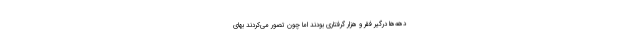
دهه‌ها درگیر فقر و هزار گرفتاری بودند اما چون تصور می‌کردند بهای